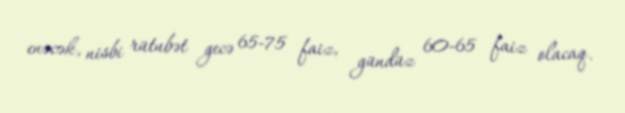
enəcək, nisbi rütubət gecə 65-75 faiz, gündüz 60-65 faiz olacaq.